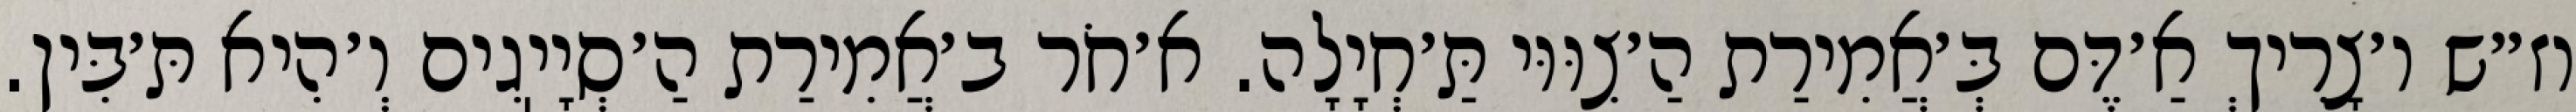
וז״ש ו׳צָרִיךְ אַ׳דֶּם בְּ׳אֲמִירַת הַ׳צִוּוּי תַּ׳חְיָלָה. א׳חֹר ב׳אֲמִירַת הַ׳סְיָיֽגִים וְ׳הִיא תּ׳בִּין.